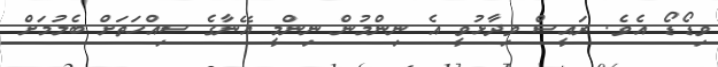
ވިޑޯޑޯ އެވެ. ރައީސް ވިދާޅުވީ އެ ނިންމުން ނިންމީ އޭނާގެ ސިއްހަތަށް ބެލުމަށް